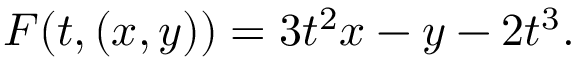
F ( t , ( x , y ) ) = 3 t ^ { 2 } x - y - 2 t ^ { 3 } .